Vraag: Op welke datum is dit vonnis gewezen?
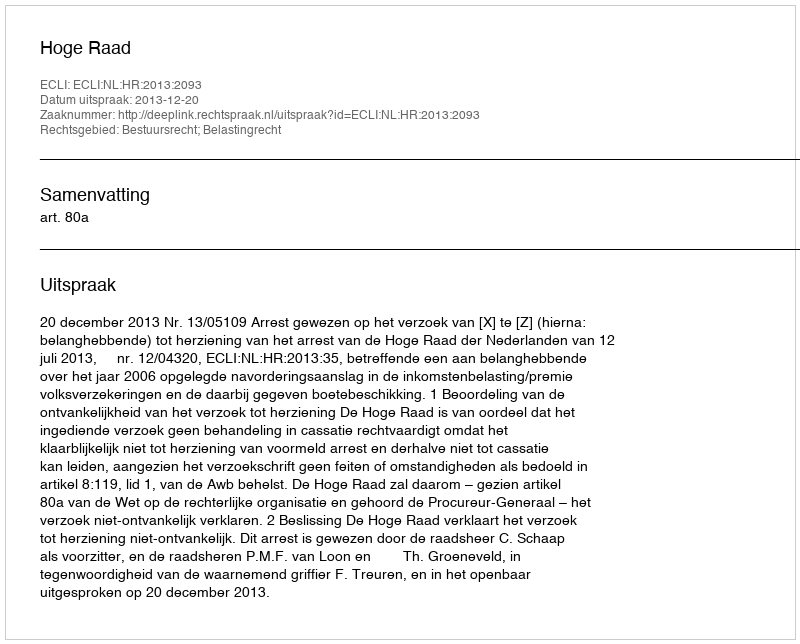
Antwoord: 2013-12-20